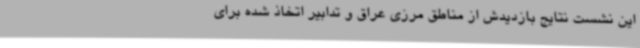
این نشست نتایج بازدیدش از مناطق مرزی عراق و تدابیر اتخاذ شده برای